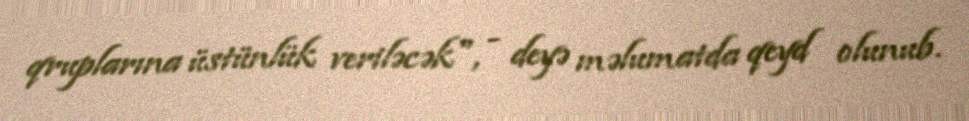
qruplarına üstünlük veriləcək", - deyə məlumatda qeyd olunub.